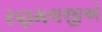
રણમલજીએ